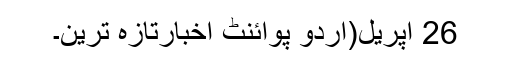
26 اپریل(اُردو پوائنٹ اخبارتازہ ترین۔